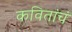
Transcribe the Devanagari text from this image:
कवितांचं